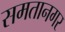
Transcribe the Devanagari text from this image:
समतानगर